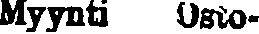
Myynti Osto-